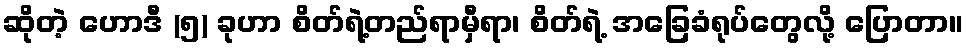
ဆိုတဲ့ ဟောဒီ (၅) ခုဟာ စိတ်ရဲ့တည်ရာမှီရာ၊ စိတ်ရဲ့ အခြေခံရုပ်တွေလို့ ပြောတာ။